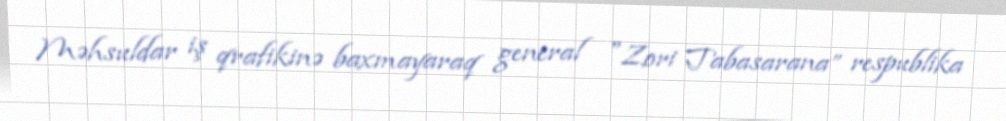
Məhsuldar iş qrafikinə baxmayaraq general "Zori Tabasarana” respublika